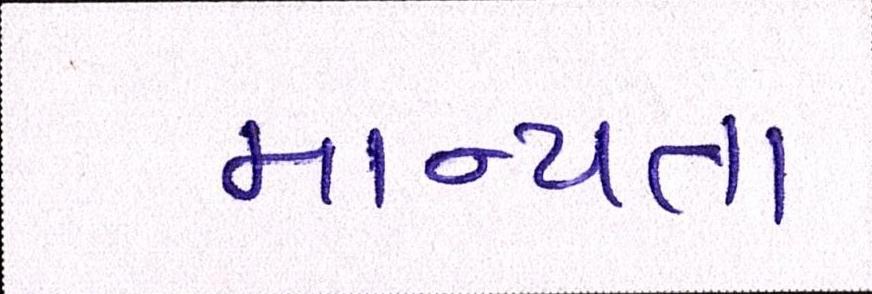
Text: માન્યતા